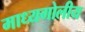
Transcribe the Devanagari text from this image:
माध्यगोलीय